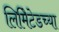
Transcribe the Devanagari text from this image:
लिमिेटेडच्या